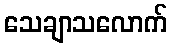
သေချာသလောက်